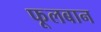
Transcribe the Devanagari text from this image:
फूलबान